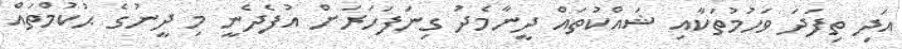
އަދި ތިފަދަ ވަހުމުތަކާއި ޝައްކުތައް ދީނާމެދު ގިނަފަހަރަށް އުފެދެނީ މި ދީނުގެ ޙުކުމްތައް